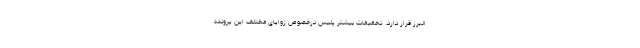
البرز قرار دارد. تحقیقات بیشتر پلیس درخصوص زوایای مختلف این پرونده